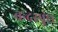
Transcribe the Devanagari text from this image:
बन्दरपुंछ